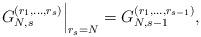
LaTeX: \begin{align*}\left. G_{N,s}^{(r_1,\dots,r_s)}\right\vert_{r_s=N}=G_{N,s-1}^{(r_1,\dots,r_{s-1})},\end{align*}